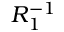
R _ { 1 } ^ { - 1 }